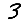
Digit: 3